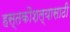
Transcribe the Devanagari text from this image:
हस्तकौशल्यासाठी